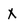
Character: X